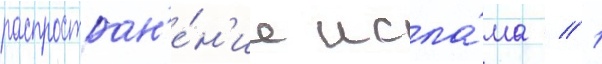
распростран'е́н'ие исла́ма // 1